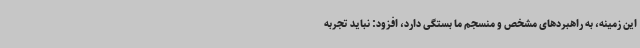
این زمینه، به راهبردهای مشخص و منسجم ما بستگی دارد، افزود: نباید تجربه